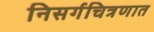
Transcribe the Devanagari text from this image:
निसर्गचित्रणात